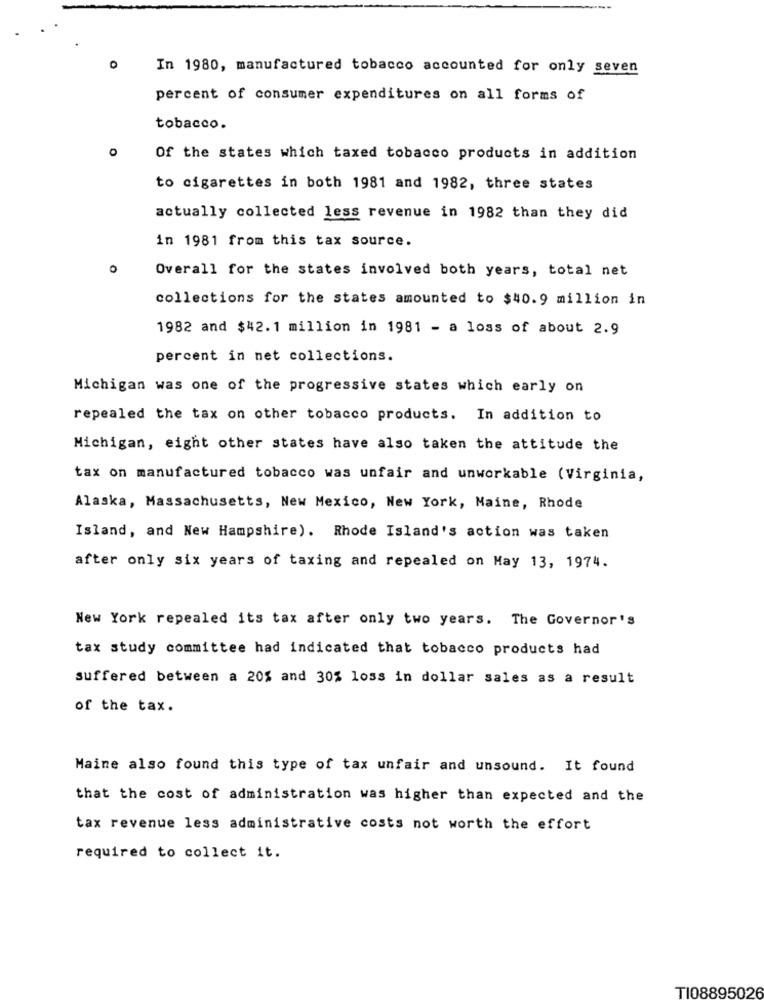
0
In 1980, manufactured tobacco accounted for only seven
percent of consumer expenditures on all forms of
tobacco.
O
Of the states which taxed tobacco products in addition
to cigarettes in both 1981 and 1982, three states
actually collected less revenue in 1982 than they did
in 1981 from this tax source.
0
Overall for the states involved both years, total net
collections for the states amounted to $40.9 million in
1982 and $42.1 million in 1981 - a loss of about 2.9
percent in net collections.
Michigan was one of the progressive states which early on
repealed the tax on other tobacco products. In addition to
Michigan, eight other states have also taken the attitude the
tax on manufactured tobacco was unfair and unworkable (Virginia,
Alaska, Massachusetts, New Mexico, New York, Maine, Rhode
Island, and New Hampshire). Rhode Island's action was taken
after only six years of taxing and repealed on May 13, 1974.
New York repealed its tax after only two years. The Governor's
tax study committee had indicated that tobacco products had
suffered between a 20% and 30% loss in dollar sales as a result
of the tax.
Maine also found this type of tax unfair and unsound. It found
that the cost of administration was higher than expected and the
tax revenue less administrative costs not worth the effort
required to collect it.
TI08895026